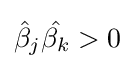
{\hat {\beta }}_{j}{\hat {\beta _{k}}}>0